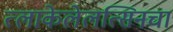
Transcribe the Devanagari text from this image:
त्लाकेलेलत्सिनचा